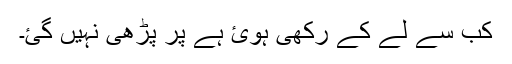
کب سے لے کے رکھی ہوئ ہے پر پڑھی نہیں گئ۔